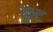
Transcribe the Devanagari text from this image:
फ़्रुट